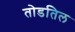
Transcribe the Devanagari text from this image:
तोडतिल